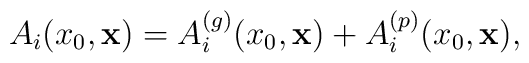
A_i (x_0, {\bf x}) = A_i^{(g)} (x_0, {\bf x}) + A_i^{(p)} (x_0, {\bf x}),